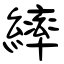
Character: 繂